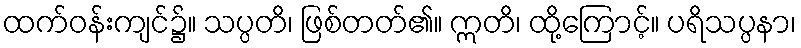
ထက်ဝန်းကျင်၌။ သပ္ပတိ၊ ဖြစ်တတ်၏။ ဣတိ၊ ထို့ကြောင့်။ ပရိသပ္ပနာ၊